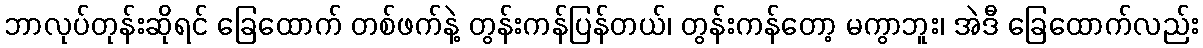
ဘာလုပ်တုန်းဆိုရင် ခြေထောက် တစ်ဖက်နဲ့ တွန်းကန်ပြန်တယ်၊ တွန်းကန်တော့ မကွာဘူး၊ အဲဒီ ခြေထောက်လည်း